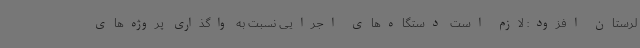
لرستان افزود: لازم است دستگاه‌های اجرایی نسبت به واگذاری پروژه‌های